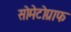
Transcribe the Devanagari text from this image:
सोमेटोग्राफ